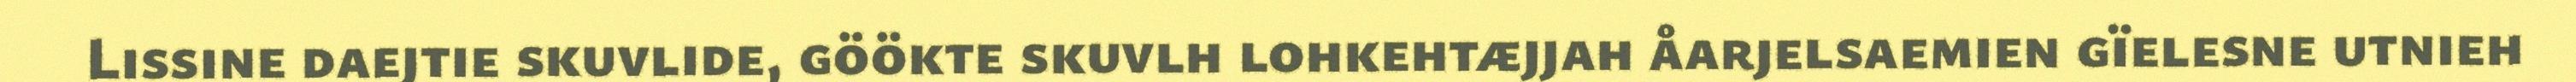
Lissine daejtie skuvlide, göökte skuvlh lohkehtæjjah åarjelsaemien gïelesne utnieh